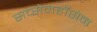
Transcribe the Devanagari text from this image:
सच्सेनहॉसेन